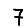
Digit: 7